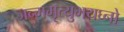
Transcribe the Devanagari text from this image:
जन्ममृत्युभयघ्नो